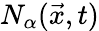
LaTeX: N_{\alpha}(\vec{x},t)